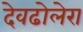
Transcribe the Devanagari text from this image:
देवढोलेरा